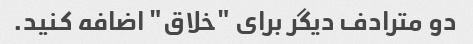
دو مترادف دیگر برای "خلاق" اضافه کنید.